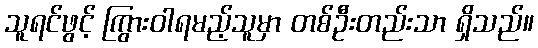
သူရင်ဖွင့် ကြွားဝါရမည့်သူမှာ တစ်ဦးတည်းသာ ရှိသည်။